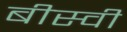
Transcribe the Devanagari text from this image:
बीस्वी